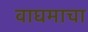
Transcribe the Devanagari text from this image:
वाघमाचा